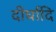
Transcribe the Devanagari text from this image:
दीर्घादि